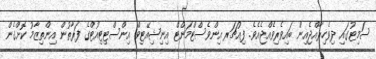
ސަމިޓުގައި ދިވެހިރާއްޖެއިން ބައިވެރިވެއްޖެއެވެ. ފިއުޗަރ އިންވެސްޓްމަންޓް އިނިޝިއޭޓިވް އިންސްޓިޓިއުޓްގެ ފަރާތުން އިންތިޒާމު ކޮށްގެން